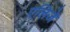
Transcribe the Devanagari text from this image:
एलिजे